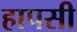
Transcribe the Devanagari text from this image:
हापसी